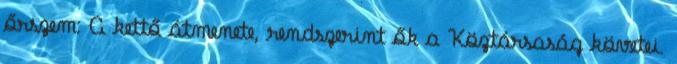
őrszem: A kettő átmenete, rendszerint ők a Köztársaság követei.